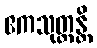
ဧကသုတ္တန္တိ